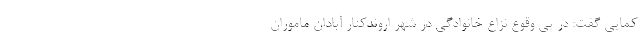
کمایی گفت: در پی وقوع نزاع خانوادگی در شهر اروندکنار آبادان ماموران